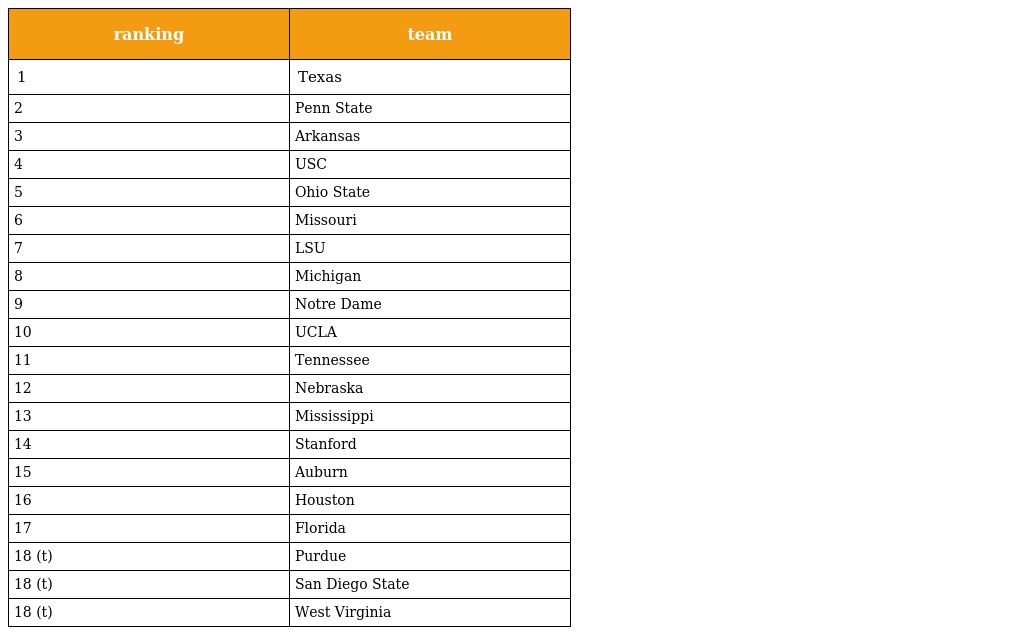
| ranking | team |
 | --- | --- |
 | 1 | Texas |
 | 2 | Penn State |
 | 3 | Arkansas |
 | 4 | USC |
 | 5 | Ohio State |
 | 6 | Missouri |
 | 7 | LSU |
 | 8 | Michigan |
 | 9 | Notre Dame |
 | 10 | UCLA |
 | 11 | Tennessee |
 | 12 | Nebraska |
 | 13 | Mississippi |
 | 14 | Stanford |
 | 15 | Auburn |
 | 16 | Houston |
 | 17 | Florida |
 | 18 (t) | Purdue |
 | 18 (t) | San Diego State |
 | 18 (t) | West Virginia |